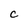
Character: c